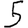
Digit: 5